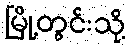
မြို့တွင်းသို့